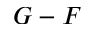
G - F